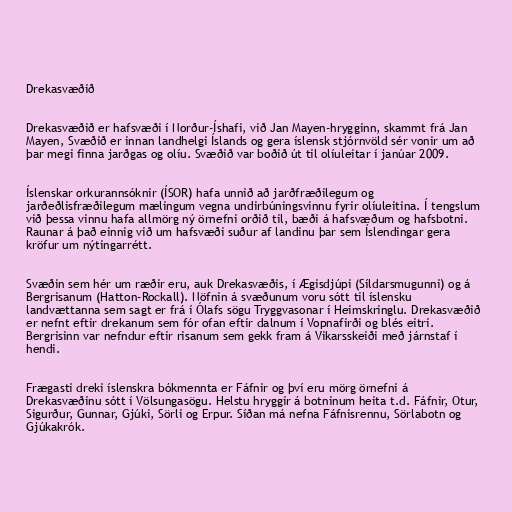
Drekasvæðið

Drekasvæðið er hafsvæði í Norður-Íshafi, við Jan Mayen-hrygginn, skammt frá Jan
Mayen, Svæðið er innan landhelgi Íslands og gera íslensk stjórnvöld sér vonir um að
þar megi finna jarðgas og olíu. Svæðið var boðið út til olíuleitar í janúar 2009.

Íslenskar orkurannsóknir (ÍSOR) hafa unnið að jarðfræðilegum og
jarðeðlisfræðilegum mælingum vegna undirbúningsvinnu fyrir olíuleitina. Í tengslum
við þessa vinnu hafa allmörg ný örnefni orðið til, bæði á hafsvæðum og hafsbotni.
Raunar á það einnig við um hafsvæði suður af landinu þar sem Íslendingar gera
kröfur um nýtingarrétt.

Svæðin sem hér um ræðir eru, auk Drekasvæðis, í Ægisdjúpi (Síldarsmugunni) og á
Bergrisanum (Hatton-Rockall). Nöfnin á svæðunum voru sótt til íslensku
landvættanna sem sagt er frá í Ólafs sögu Tryggvasonar í Heimskringlu. Drekasvæðið
er nefnt eftir drekanum sem fór ofan eftir dalnum í Vopnafirði og blés eitri.
Bergrisinn var nefndur eftir risanum sem gekk fram á Vikarsskeiði með járnstaf í
hendi.

Frægasti dreki íslenskra bókmennta er Fáfnir og því eru mörg örnefni á
Drekasvæðinu sótt í Völsungasögu. Helstu hryggir á botninum heita t.d. Fáfnir, Otur,
Sigurður, Gunnar, Gjúki, Sörli og Erpur. Síðan má nefna Fáfnisrennu, Sörlabotn og
Gjúkakrók.